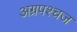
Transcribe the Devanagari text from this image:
अग्रपश्चज